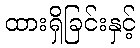
ထားရှိခြင်းနှင့်